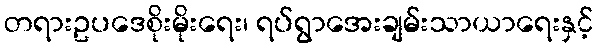
တရားဥပဒေစိုးမိုးရေး၊ ရပ်ရွာအေးချမ်းသာယာရေးနှင့်